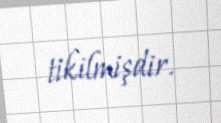
tikilmişdir.